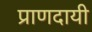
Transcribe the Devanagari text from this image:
प्राणदायी